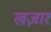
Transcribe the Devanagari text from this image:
खज़ार